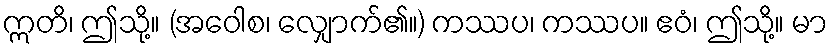
ဣတိ၊ ဤသို့။ (အဝေါစ၊ လျှောက်၏။) ကဿပ၊ ကဿပ။ ဧဝံ၊ ဤသို့။ မာ